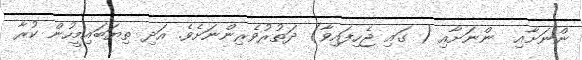
ންނަށާއި  ންނަށާއި ( ގައި ޖެހިފައިވާ) ދަތުރުވެރިންނަށެވެ. އަދި ތިޔަބައިމީހުން ކުރާ